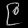
Digit: ၉